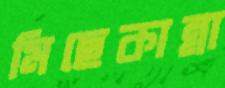
মিছেকান্না